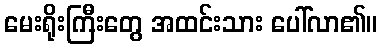
မေးရိုးကြီးတွေ အထင်းသား ပေါ်လာ၏။